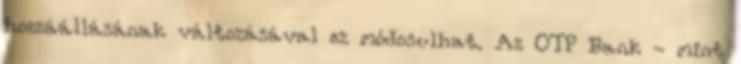
hozzáállásának változásával ez módosulhat. Az OTP Bank - mint